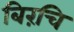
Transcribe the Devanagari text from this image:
बिरंचि